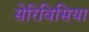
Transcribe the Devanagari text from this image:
सेरिविसिया